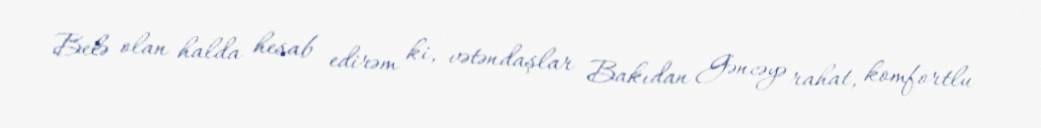
Belə olan halda hesab edirəm ki, vətəndaşlar Bakıdan Gəncəyə rahat, komfortlu